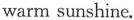
warm sunshine.